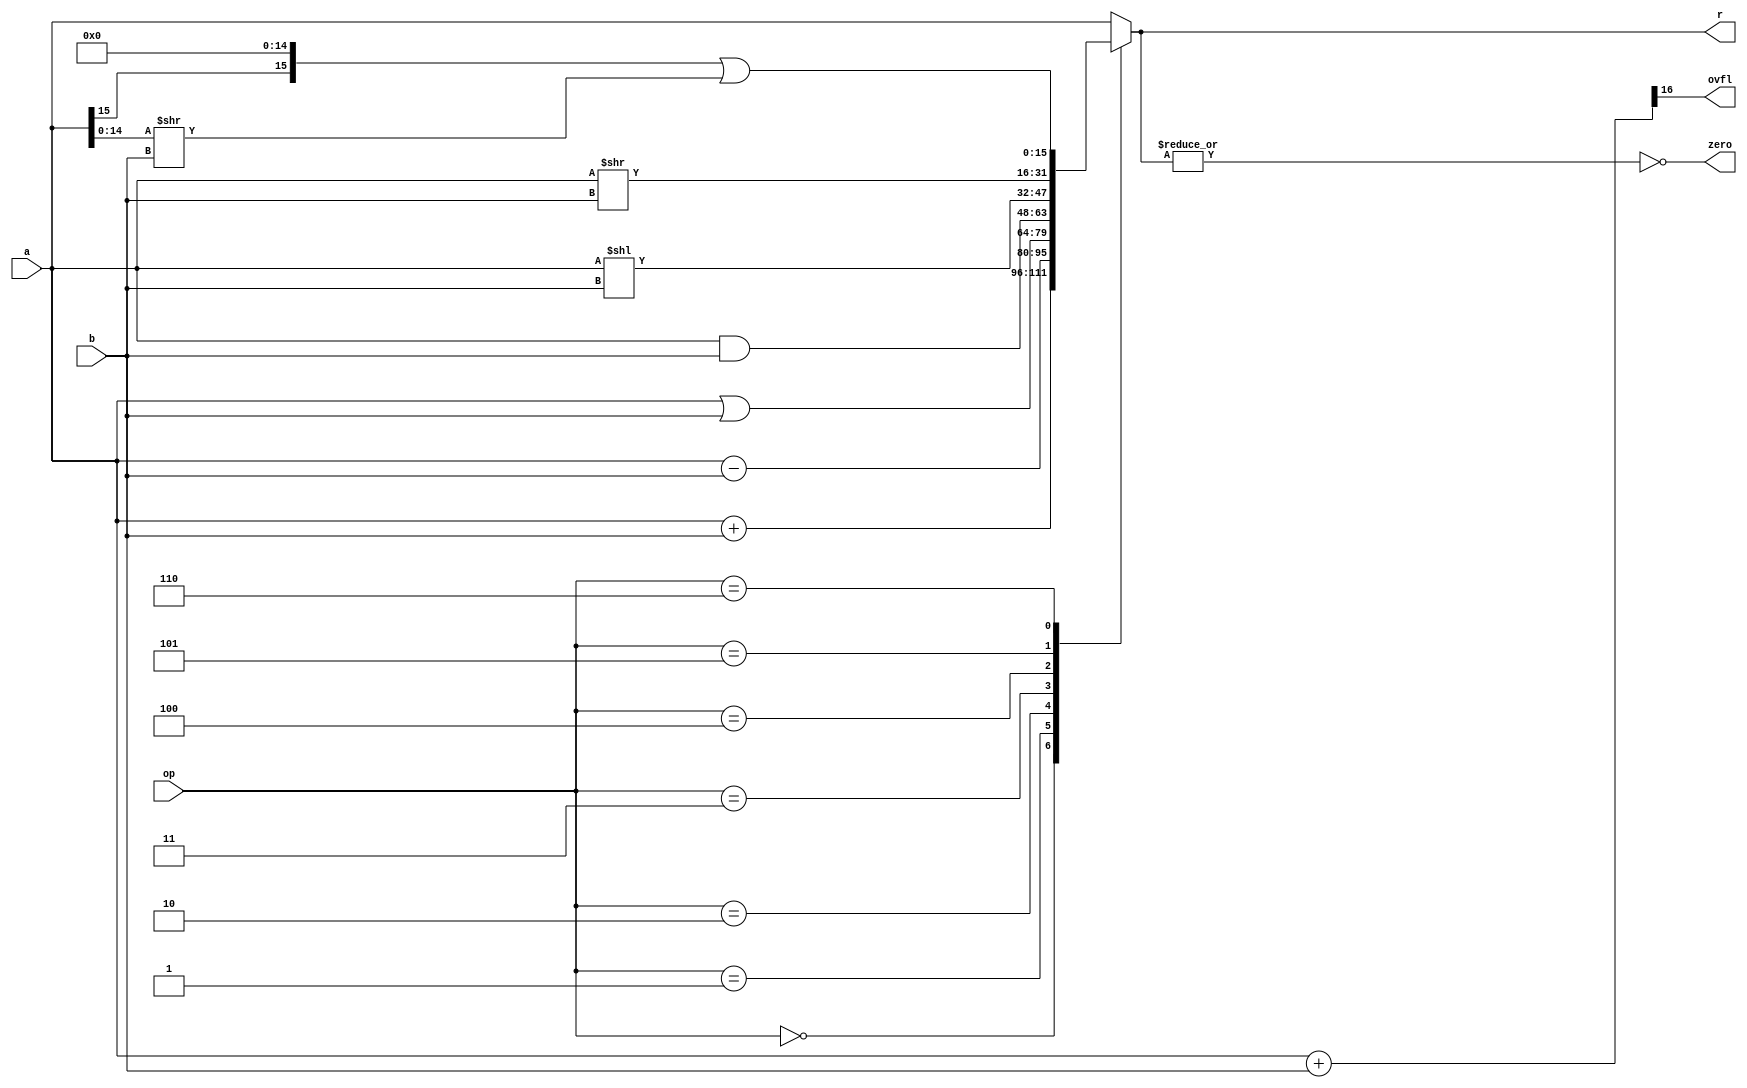
`timescale 1ns / 1ps
//////////////////////////////////////////////////////////////////////////////////
// Company: 
// Engineer: 
// 
// Design Name: 
// Module Name:    alu16b 
// Project Name: 
// Target Devices: 
// Tool versions: 
// Description: 
//
// Dependencies: 
//
// Revision: 
// Revision 0.01 - File Created
// Additional Comments: 
//
//////////////////////////////////////////////////////////////////////////////////`timescale 1ns / 1ps
//////////////////////////////////////////////////////////////////////////////////
// Company: 
// Engineer: 
// 
// Design Name: 
// Module Name:    alu16b 
// Project Name: 
// Target Devices: 
// Tool versions: 
// Description: 
//
// Dependencies: 
//
// Revision: 
// Revision 0.01 - File Created
// Additional Comments: 
//
//////////////////////////////////////////////////////////////////////////////////
module alu16b(
    input [15:0] a,
    input [15:0] b,
    input [2:0] op,
    output reg [15:0] r,
    output zero,
    output ovfl
    );
	 
	wire [16:0]tmp;
	assign zero = ~(|r);
	assign tmp = {1'b0, a} + {1'b0, b};
	assign ovfl = tmp[16];

	always @(a, b, op) 
	begin
		case (op)
			3'b000: r <= a + b;
			3'b001: r <= a - b;
			3'b010: r <= a | b;
			3'b011: r <= a & b;
			3'b100: r <= a << b;
			3'b101: r <= a >> b;
			3'b110: r <= {a[15], 15'b000000000000000} | {1'b0, (a[14:0] >> b)};
		default: r <= a;
		endcase
	end

endmodule